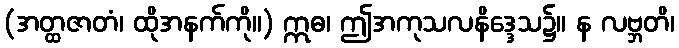
(အတ္ထဇာတံ၊ ထိုအနက်ကို။) ဣဓ၊ ဤအကုသလနိဒ္ဒေသ၌။ န လဗ္ဘတိ၊